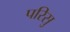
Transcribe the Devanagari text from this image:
परिसु